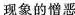
现象的憎恶